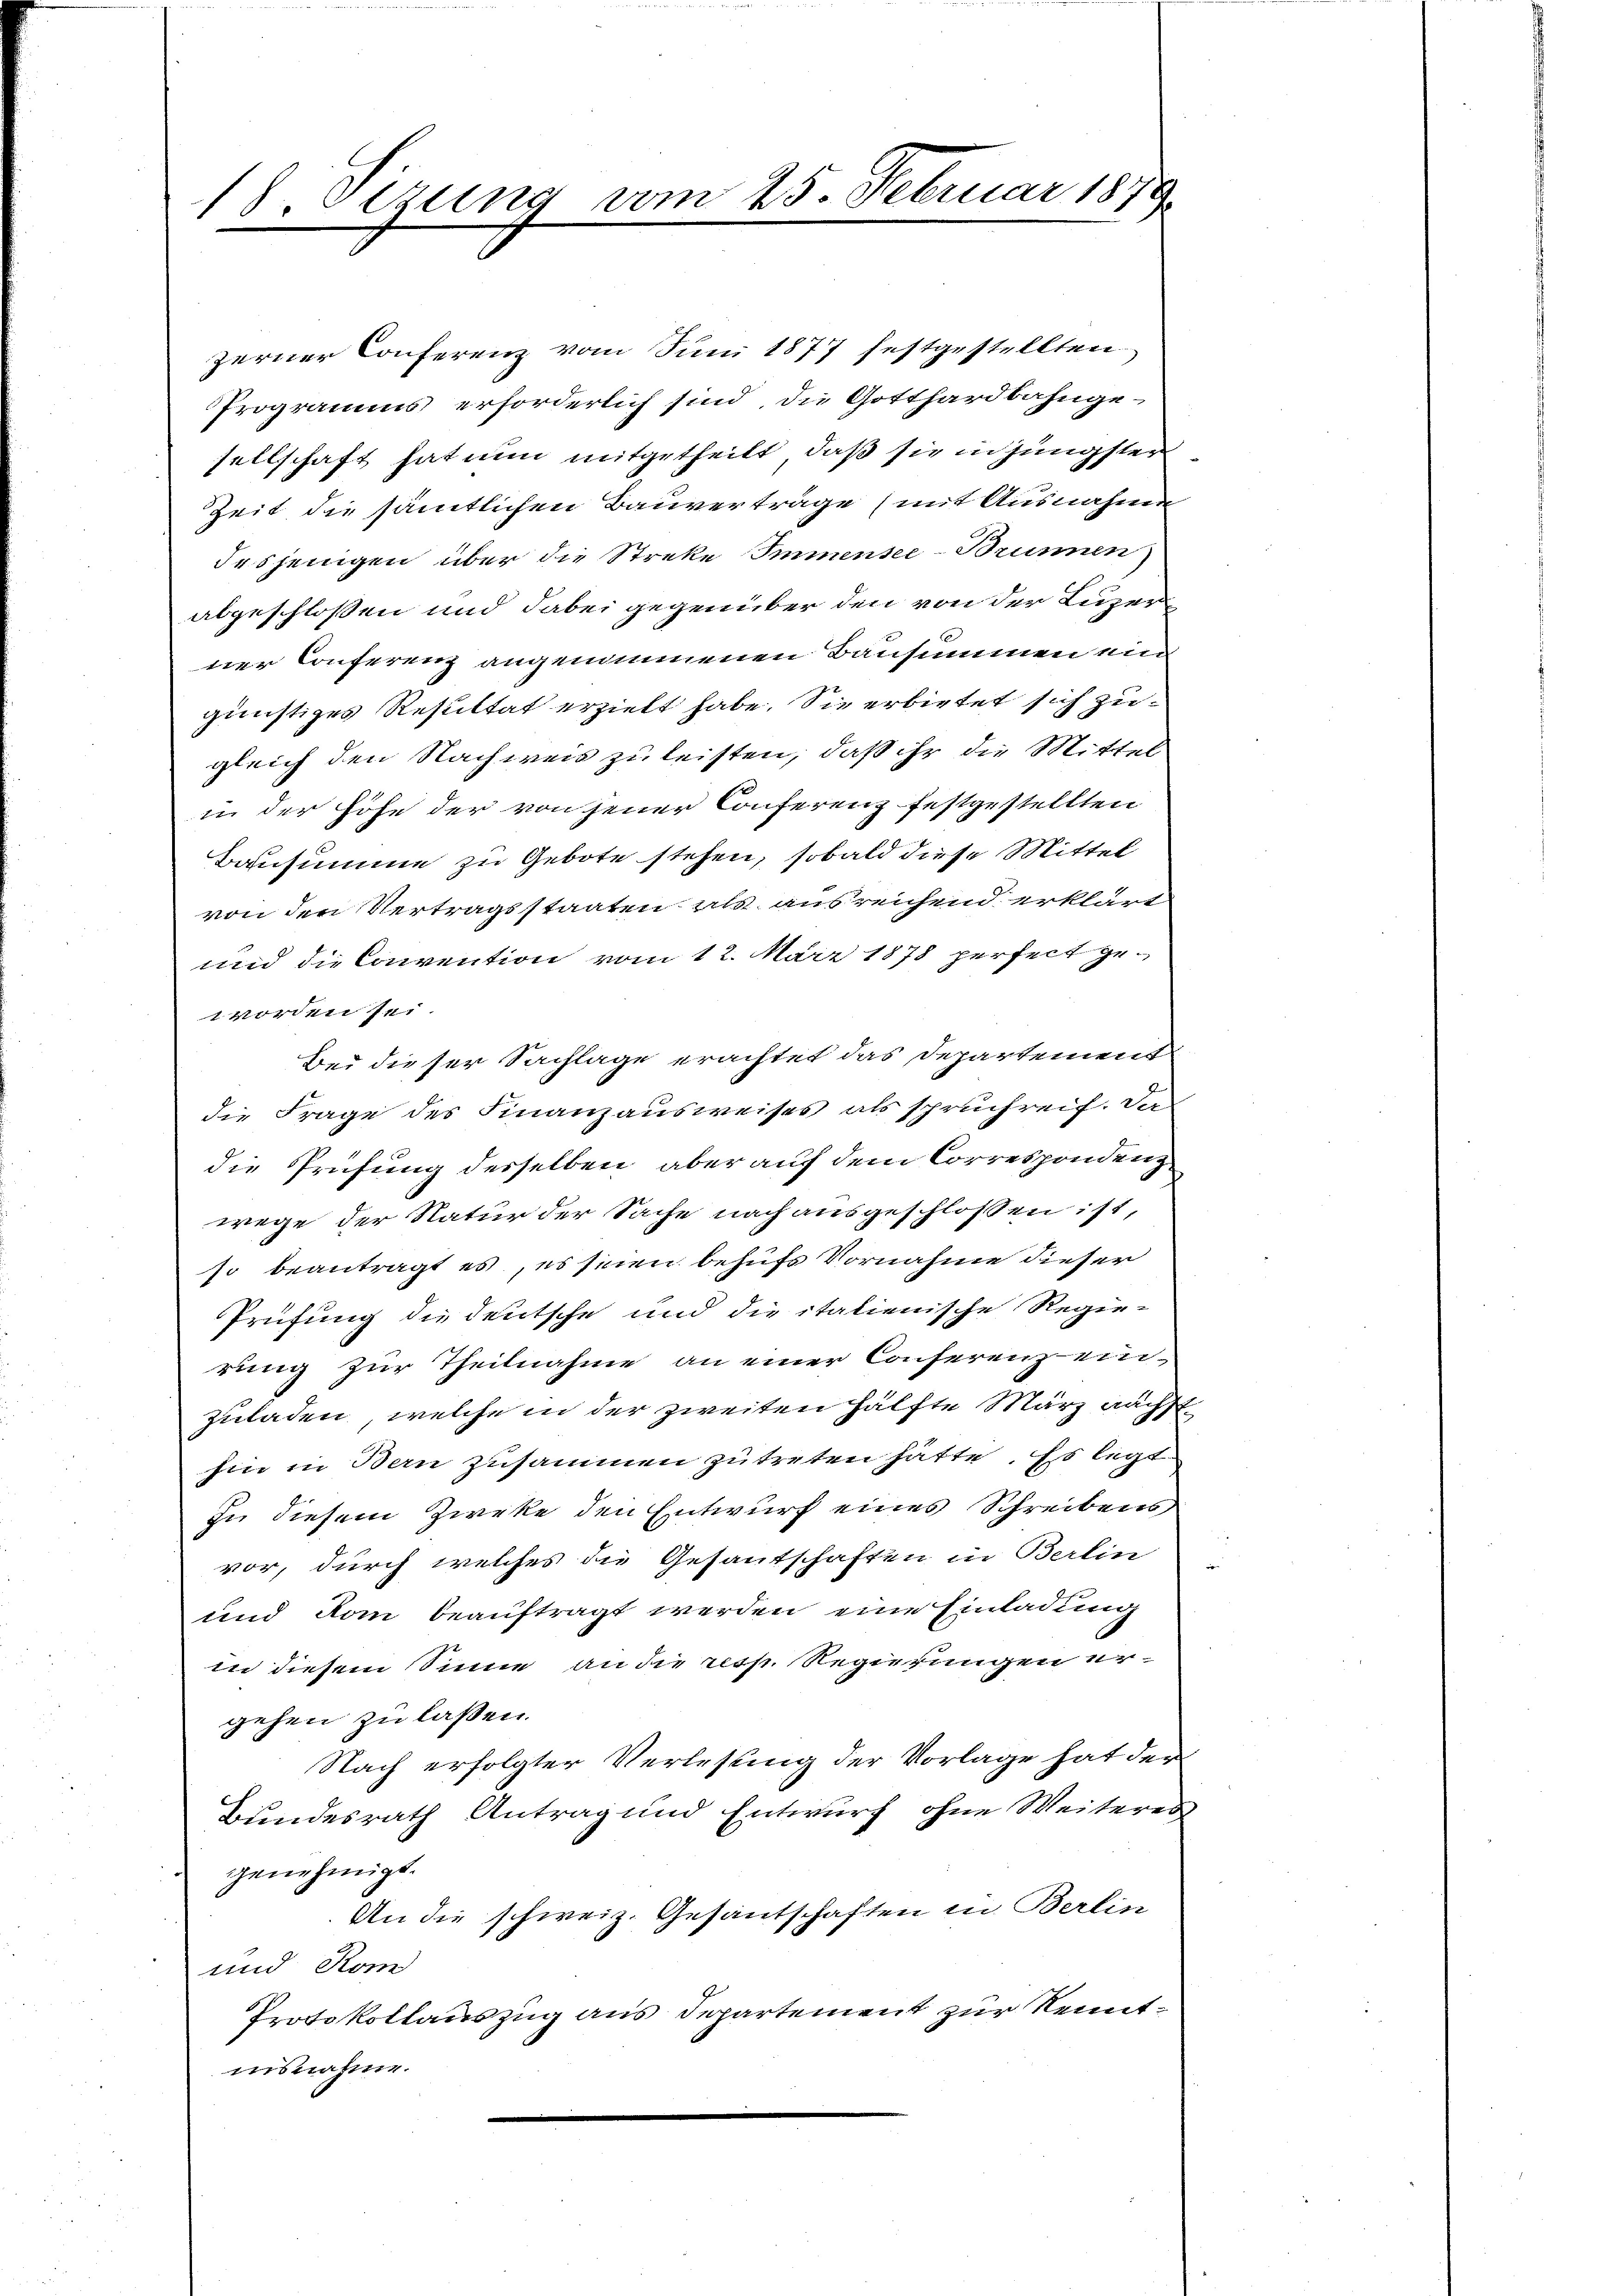
18 Sezung vom 25. Februar 1879
.

zerner Conferenz vom Juni 1877 festgestellten
Programms erforderlich sind, die Gotthardbahnge-
sellschaft hat nun mitgetheilt, daß sie in jüngster
Zeit die sämtlichen Bauverträge (mit Ausnahme
desjenigen über die Streke Immensee-Brunnen
abgeschlossen und dabei gegenüber den von der Luzer
ner Conferenz angenommenen Bausummen ein
günstiges Resultat erzielt habe. Sie erbietet sich zugleich den Nachweis zu leisten, daß ihr die Mittel
in der Höhe der von jener Conferenz festgestellten
Bausumme zu Gebote stehen, sobald diese Mittel
von den Vertragsstaaten als ausreichend erklärt
und die Convention vom 12. März 1878 perfeit geworden sei.
Bei dieser Sachlage erachtet das Departement
die Frage des Finanzausweises als spruchreif. Da
die Prüfung desselben aber auf dem Correspondenzwege der Natur der Sache nach ausgeschlossen ist,
so beantragt es, es seien behufs Vornahme dieser
Prüfung die deutsche und die italienische Regie-
rung zur Theilnahme an einer Conferenz einzuladen, welche in der zweiten Hälfte März nächst
hin in Bern zusammen zu treten hätte. Es legt
zu diesem Zweke den Entwurf eines Schreibens
vor, durch welches die Gesantschaften in Berlin
und Rom beauftragt werden, eine Einladung
in diesem Sinne an die resp. Regierungen ergehen zu lassen.
Nach erfolgter Verlesung der Vorlage hat der
Bundesrath Antrag und Entwurf ohne Weiteres
genehmigt.
An die schweiz. Gesantschaften in Berlin
und Rom
Protokollauszug aus Departement zur Kenntisnahme.